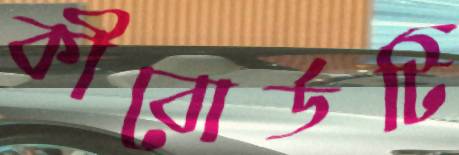
কীবোর্ডটি